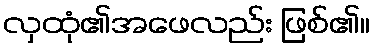
လှထုံ၏အဖေလည်း ဖြစ်၏။